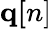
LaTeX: {\mathbf q}{\mathbf[n]}